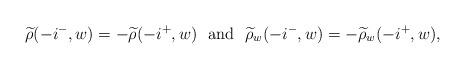
LaTeX: \begin{align*}\widetilde{\rho}(-i^-,w) = - \widetilde{\rho}(-i^+,w)\ \ {\rm and}\ \ \widetilde{\rho}_w(-i^-,w) = - \widetilde{\rho}_w(-i^+,w),\end{align*}